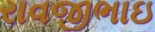
રાવજીભાઇ